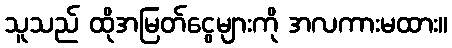
သူသည် ထိုအမြတ်ငွေများကို အလကားမထား။